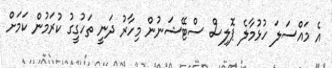
އެ މައްސަލަ ހުޅުމާލެ ޕޮލިސް ސްޓޭޝަނުން މިހާރު ދަނީ ތަހުގީގު ކުރަމުން ކަމަށް